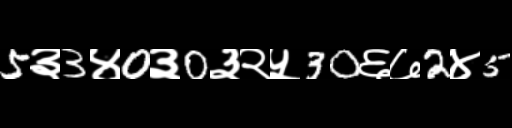
Text: 5३3४0३0३२५30६७2४5